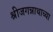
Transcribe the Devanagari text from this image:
श्रीजगन्नाथाच्या